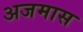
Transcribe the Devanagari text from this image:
अजमास